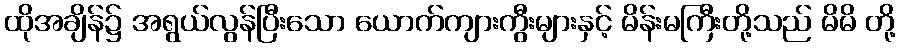
ထိုအချိန်၌ အရွယ်လွန်ပြီးသော ယောက်ကျားကွီးများနှင့် မိန်းမကြီးတို့သည် မိမိ တို့